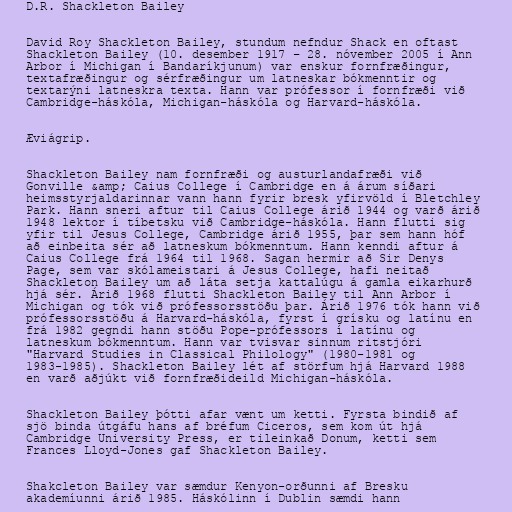
D.R. Shackleton Bailey

David Roy Shackleton Bailey, stundum nefndur Shack en oftast
Shackleton Bailey (10. desember 1917 – 28. nóvember 2005 í Ann
Arbor í Michigan í Bandaríkjunum) var enskur fornfræðingur,
textafræðingur og sérfræðingur um latneskar bókmenntir og
textarýni latneskra texta. Hann var prófessor í fornfræði við
Cambridge-háskóla, Michigan-háskóla og Harvard-háskóla.

Æviágrip.

Shackleton Bailey nam fornfræði og austurlandafræði við
Gonville &amp; Caius College í Cambridge en á árum síðari
heimsstyrjaldarinnar vann hann fyrir bresk yfirvöld í Bletchley
Park. Hann sneri aftur til Caius College árið 1944 og varð árið
1948 lektor í tíbetsku við Cambridge-háskóla. Hann flutti sig
yfir til Jesus College, Cambridge árið 1955, þar sem hann hóf
að einbeita sér að latneskum bókmenntum. Hann kenndi aftur á
Caius College frá 1964 til 1968. Sagan hermir að Sir Denys
Page, sem var skólameistari á Jesus College, hafi neitað
Shackleton Bailey um að láta setja kattalúgu á gamla eikarhurð
hjá sér. Árið 1968 flutti Shackleton Bailey til Ann Arbor í
Michigan og tók við prófessorsstöðu þar. Árið 1976 tók hann við
prófessorsstöðu á Harvard-háskóla, fyrst í grísku og latínu en
frá 1982 gegndi hann stöðu Pope-prófessors í latínu og
latneskum bókmenntum. Hann var tvisvar sinnum ritstjóri
"Harvard Studies in Classical Philology" (1980-1981 og
1983-1985). Shackleton Bailey lét af störfum hjá Harvard 1988
en varð aðjúkt við fornfræðideild Michigan-háskóla.

Shackleton Bailey þótti afar vænt um ketti. Fyrsta bindið af
sjö binda útgáfu hans af bréfum Ciceros, sem kom út hjá
Cambridge University Press, er tileinkað Donum, ketti sem
Frances Lloyd-Jones gaf Shackleton Bailey.

Shakcleton Bailey var sæmdur Kenyon-orðunni af Bresku
akademíunni árið 1985. Háskólinn í Dublin sæmdi hann